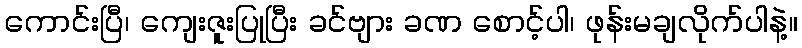
ကောင်းပြီ၊ ကျေးဇူးပြုပြီး ခင်ဗျား ခဏ စောင့်ပါ၊ ဖုန်းမချလိုက်ပါနဲ့။